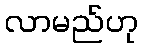
လာမည်ဟု